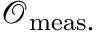
\mathcal { O } _ { \mathrm { m e a s . } }